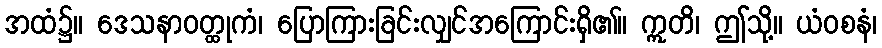
အထံ၌။ ဒေသနာဝတ္ထုကံ၊ ပြောကြားခြင်းလျှင်အကြောင်းရှိ၏။ ဣတိ၊ ဤသို့။ ယံဝစနံ၊